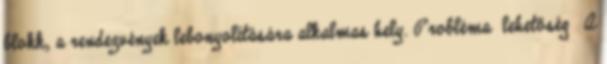
blokk, a rendezvények lebonyolítására alkalmas hely. Probléma lehetőség ▪A